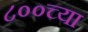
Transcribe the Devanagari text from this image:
८००च्या